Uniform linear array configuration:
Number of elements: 24
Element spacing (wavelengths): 0.75
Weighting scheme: binomial
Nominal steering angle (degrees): -15
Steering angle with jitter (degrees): -16.483
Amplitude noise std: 0.05
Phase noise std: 0.05

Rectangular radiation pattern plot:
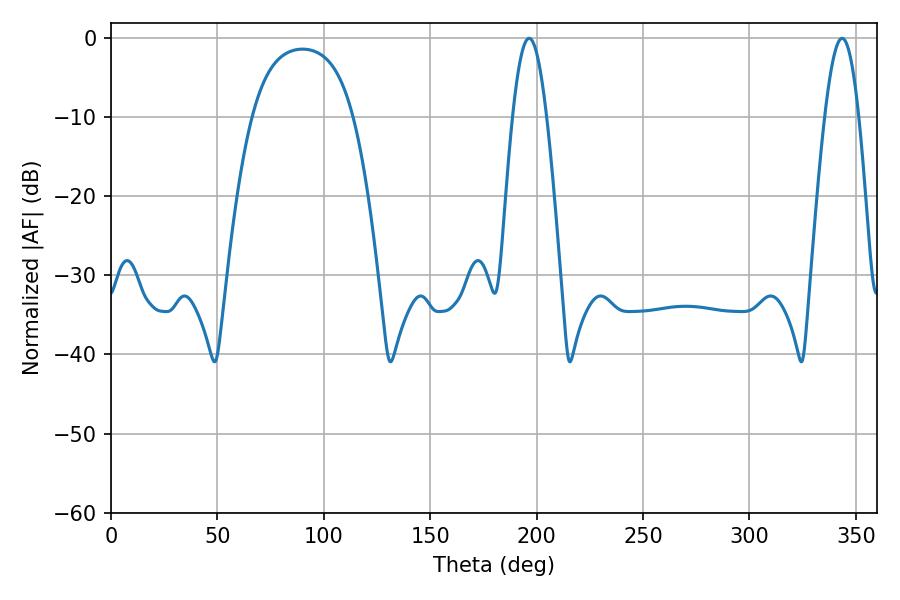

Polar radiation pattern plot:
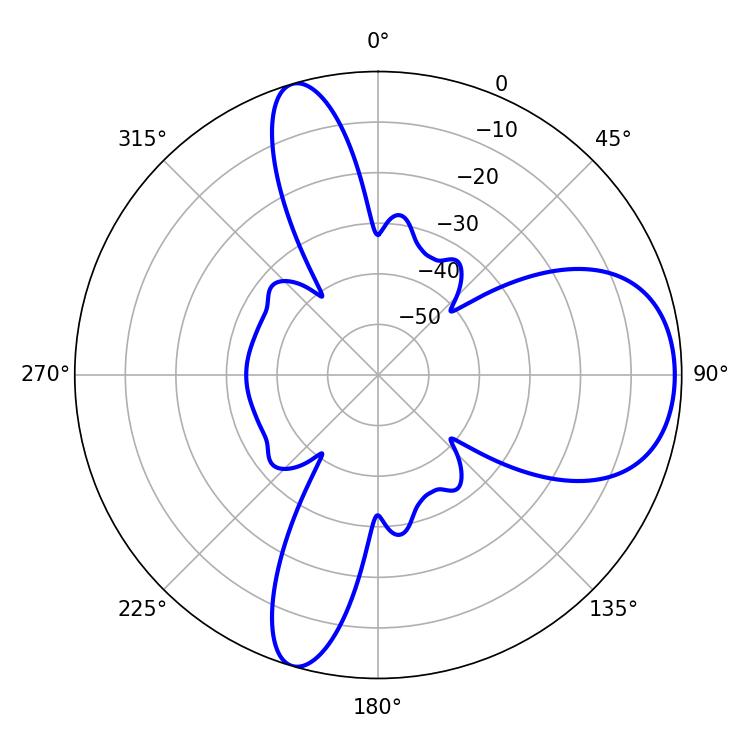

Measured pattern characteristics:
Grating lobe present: TRUE
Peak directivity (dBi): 8.114
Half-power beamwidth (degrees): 8.64
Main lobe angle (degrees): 196.56